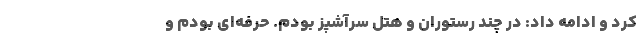
کرد و ادامه داد: در چند رستوران و هتل سرآشپز بودم. حرفه‌ای بودم و